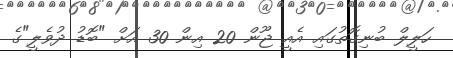
ހަލީލް ބުނިގޮތުގައި އެއީ ޖޫން 20 އިން 30 އަށް "ބޮޑު ދުވެލީ"ގެ